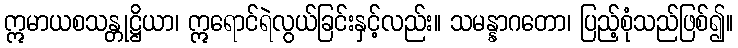
ဣမာယစသန္တုဋ္ဌိယာ၊ ဣရောင်ရဲလွယ်ခြင်းနှင့်လည်း။ သမန္နာဂတော၊ ပြည့်စုံသည်ဖြစ်၍။